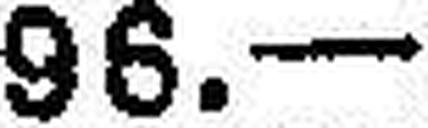
96. —